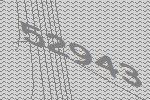
52943